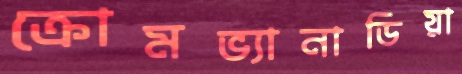
ক্রোমভ্যানাডিয়া